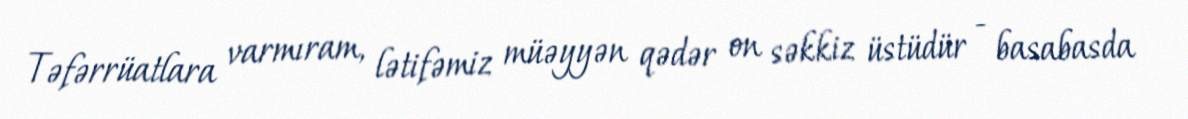
Təfərrüatlara varmıram, lətifəmiz müəyyən qədər on səkkiz üstüdür - basabasda